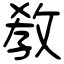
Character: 敎